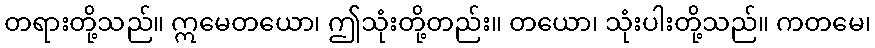
တရားတို့သည်။ ဣမေတယော၊ ဤသုံးတို့တည်း။ တယော၊ သုံးပါးတို့သည်။ ကတမေ၊